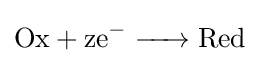
{\ce {Ox + ze- -> Red}}